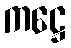
ကဋ္ဌေ